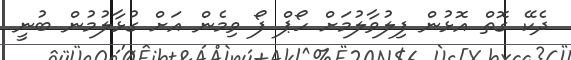
ދެކޭ ގޮތް އޮޅުން ފިލުވާލުމަށް ހޯޕް ފޯ ވިމެން އަށް ގުޅާލުމުން ބުނީ